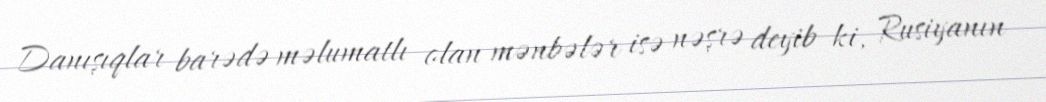
Danışıqlar barədə məlumatlı olan mənbələr isə nəşrə deyib ki, Rusiyanın